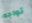
تواجه